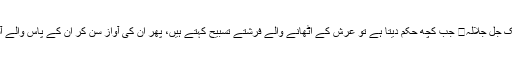
رسول اللہﷺ نے فرمایا کہ ستارہ کسی کے مرنے یا پیدا ہونے کے لئے نہیں ٹوٹتا، لیکن ہمارا مالک جل جلالہ جب کچھ حکم دیتا ہے تو عرش کے اٹھانے والے فرشتے تسبیح کہتے ہیں، پھر ان کی آواز سن کر ان کے پاس والے آسمان کے فرشتے تسبیح کہتے ہیں، یہاں تک کہ تسبیح کی نوبت آسمانِ دنیا والوں تک پہنچتی ہے۔